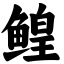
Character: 鳇